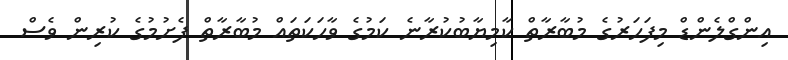
އިންގްލެންޑް މިފަހަރުގެ މުބާރާތް ކާމިޔާބުކުރާނެ ކަމުގެ ވާހަކަތައް މުބާރާތް ފެށުމުގެ ކުރިން ވެސް